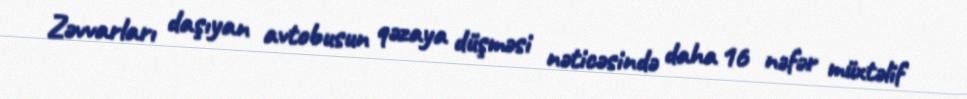
Zəvvarları daşıyan avtobusun qəzaya düşməsi nəticəsində daha 16 nəfər müxtəlif